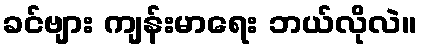
ခင်ဗျား ကျန်းမာရေး ဘယ်လိုလဲ။